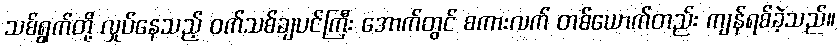
သစ်ရွက်တို့ လှုပ်နေသည့် ဝက်သစ်ချပင်ကြီး အောက်တွင် စကားလက် တစ်ယောက်တည်း ကျန်ရစ်ခဲ့သည်။